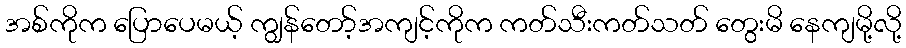
အစ်ကိုက ပြောပေမယ့် ကျွန်တော့်အကျင့်ကိုက ကတ်သီးကတ်သတ် တွေးမိ နေကျမို့လို့